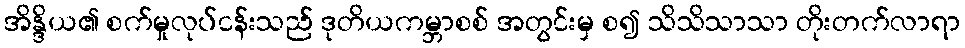
အိန္ဒိယ၏ စက်မှုလုပ်ငန်းသည် ဒုတိယကမ္ဘာစစ် အတွင်းမှ စ၍ သိသိသာသာ တိုးတက်လာရာ